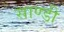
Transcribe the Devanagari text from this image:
साण्डी